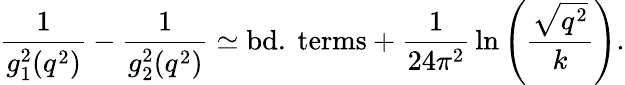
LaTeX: {\frac{1}{g_{1}^{2}(q^{2})}}-{\frac{1}{g_{2}^{2}(q^{2})}}\simeq\mathrm{bd.~terms}+{\frac{1}{24\pi^{2}}}\ln\left({\frac{\sqrt{q^{2}}}{k}}\right).